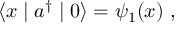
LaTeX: \langle x \mid a ^ { \dagger } \mid 0 \rangle = \psi _ { 1 } ( x ) ~ ,